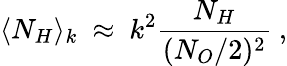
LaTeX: \langle N_{H}\rangle_{k}~\approx~k^{2}\frac{N_{H}}{(N_{O}/2)^{2}}~,